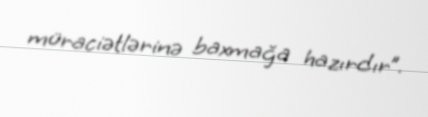
müraciətlərinə baxmağa hazırdır”.